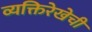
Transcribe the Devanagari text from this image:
व्यक्तिरेखेची